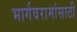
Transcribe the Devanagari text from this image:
भार्गवरामांसाठी